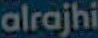
alrajhi